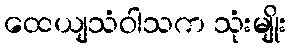
ထေယျသံဝါသက သုံးမျိုး